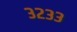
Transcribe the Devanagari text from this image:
३२३३